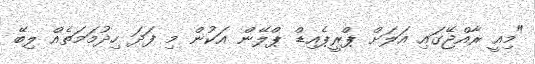
"މިއީ ރާއްޖޭގައި އަލަށް ޕްރީޕެއިޑް ޕްލޭން އަކުން މި ފަދަ ހިދުމަމަތެއް ލިބޭ